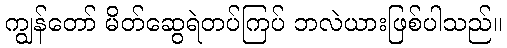
ကျွန်တော် မိတ်ဆွေရဲတပ်ကြပ် ဘလဲယားဖြစ်ပါသည်။